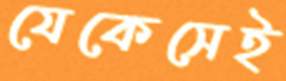
যেকেসেই